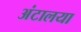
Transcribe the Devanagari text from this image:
अंटालया